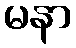
မနာ